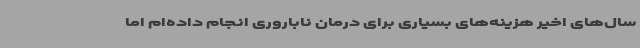
سال‌های اخیر هزینه‌های بسیاری برای درمان ناباروری انجام داده‌ام اما